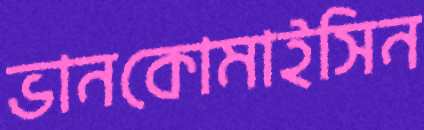
ভানকোমাইসিন